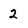
Character: 2